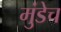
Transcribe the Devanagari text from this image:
मुंडेच